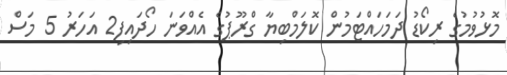
މޮޅުވުމުގެ ރިކޯޑު ދަމަހައްޓަމުން ކޮލަމްބިޔާ ގްރޫޕުގެ އެއްވަނަ ހޯދައިފި2 އަހަރު 5 މަސް